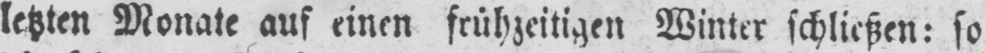
letzten Monate auf einen frühzeitigen Winter schließen: so